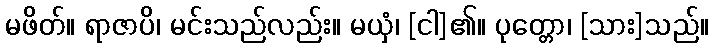
မဖိတ်။ ရာဇာပိ၊ မင်းသည်လည်း။ မယှံ၊ [ငါ]၏။ ပုတ္တော၊ [သား]သည်။